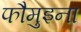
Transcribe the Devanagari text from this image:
फौमुइना